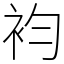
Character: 袀